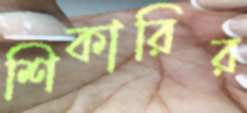
শিকারির